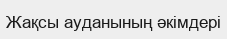
Жақсы ауданының әкімдері